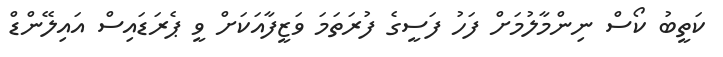
ކަތީބު ކޯސް ނިންމާލުމަށް ފަހު ފަސީގެ ފުރަތަމަ ވަޒީފާއަކަށް ވީ ޕެރަޑައިސް އައިލޭންޑް